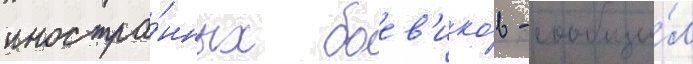
иностра́нных боев'ико́в - сообщи́л